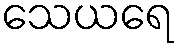
သေယရေ